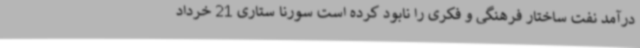
درآمد نفت ساختار فرهنگی و فکری را نابود کرده است سورنا ستاری 21 خرداد